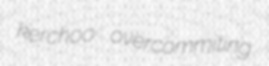
kerchoo overcommiting